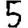
Digit: 5